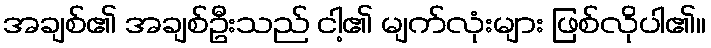
အချစ်၏ အချစ်ဦးသည် ငါ့၏ မျက်လုံးများ ဖြစ်လိုပါ၏။